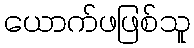
ယောက်ဖဖြစ်သူ